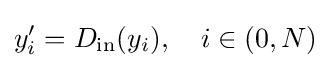
y_{i}^{\prime }=D_{\text{in}}(y_{i}),\quad i\in (0,N)